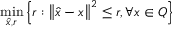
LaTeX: \operatorname* { m i n } _ { { \hat { x } } , r } \left\{ r : \left\| { \hat { x } } - x \right\| ^ { 2 } \leq r , \forall x \in Q \right\}